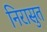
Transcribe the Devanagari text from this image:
निरासुत